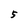
Character: 5